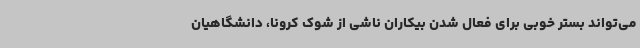
می‌تواند بستر خوبی برای فعال شدن بیکاران ناشی از شوک کرونا، دانشگاهیان